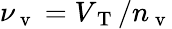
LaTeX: \nu_{\mathrm{~v~}}=V_{\mathrm{~T~}}/n_{\mathrm{~v~}}